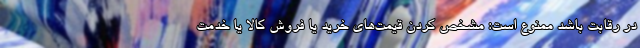
در رقابت باشد ممنوع است: مشخص کردن قیمت‌های خرید یا فروش کالا یا خدمت